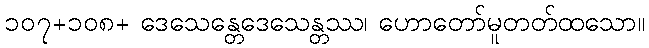
၁၀၇+၁၀၈+ ဒေသေန္တေဒေသေန္တဿ၊ ဟောတော်မူတတ်ထသော။